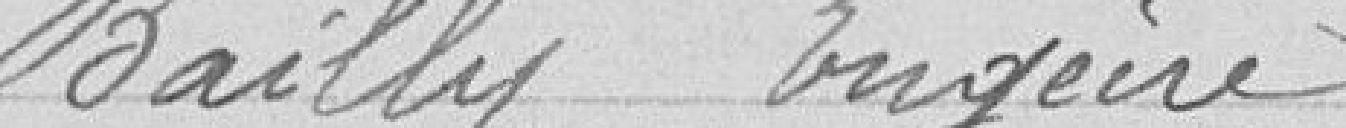
Bailly Eugène